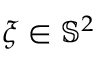
\xi \in \mathbb { S } ^ { 2 }